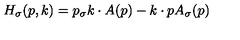
H _ { \sigma } ( p , k ) = p _ { \sigma } k \cdot A ( p ) - k \cdot p A _ { \sigma } ( p )